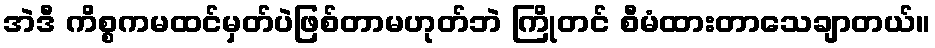
အဲဒီ ကိစ္စကမထင်မှတ်ပဲဖြစ်တာမဟုတ်ဘဲ ကြိုတင် စီမံထားတာသေချာတယ်။